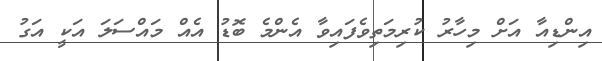
އިންޑިއާ އަށް މިހާރު ކުރިމަތިވެފައިވާ އެންމެ ބޮޑު އެއް މައްސަލަ އަކީ އަގު